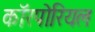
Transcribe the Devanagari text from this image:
कॉरपोरियल